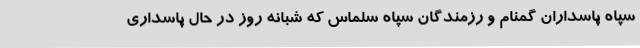
سپاه پاسداران گمنام و رزمندگان سپاه سلماس که شبانه روز در حال پاسداری